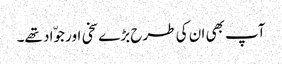
آپ بھی ان کی طرح بڑے سخی اور جوّاد تھے۔